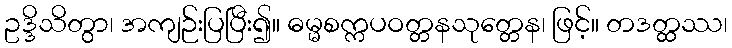
ဥဒ္ဒိသိတွာ၊ အကျဉ်းပြပြီး၍။ ဓမ္မစက္ကပဝတ္တနသုတ္တေန၊ ဖြင့်။ တဒတ္ထဿ၊